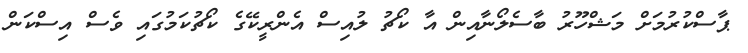
ޕާސްކުރުމަށް މަޝްހޫރު ބާސެލޯނާއިން އާ ކޯޗު ލުއިސް އެންރީކޭގެ ކޯޗުކަމުގައި ވެސް އިސްކަން